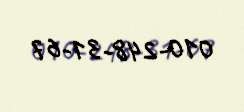
010-248-31-67